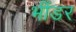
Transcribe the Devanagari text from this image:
भींडर